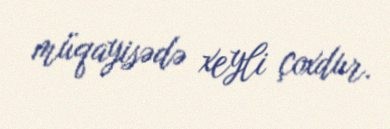
müqayisədə xeyli çoxdur.